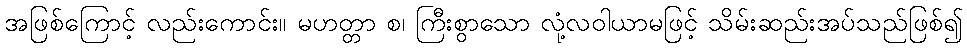
အဖြစ်ကြောင့် လည်းကောင်း။ မဟတ္တာ စ၊ ကြီးစွာသော လုံ့လဝါယာမဖြင့် သိမ်းဆည်းအပ်သည်ဖြစ်၍